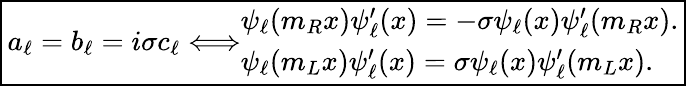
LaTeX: \boxed{a_{\ell}=b_{\ell}=i\sigma c_{\ell}\Longleftrightarrow\begin{array}{lr}{\psi_{\ell}(m_{R}x)\psi_{\ell}^{\prime}(x)=-\sigma\psi_{\ell}(x)\psi_{\ell}^{\prime}(m_{R}x).}\\ {\psi_{\ell}(m_{L}x)\psi_{\ell}^{\prime}(x)=\sigma\psi_{\ell}(x)\psi_{\ell}^{\prime}(m_{L}x).}\end{array}}